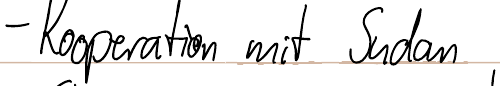
- Kooperation mit Sudan